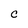
Character: C